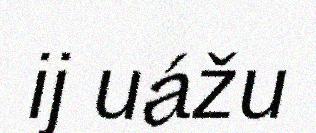
ij uážu